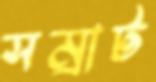
সম্রাট